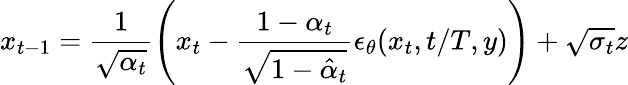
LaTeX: x_{t-1}=\frac{1}{\sqrt{\alpha_{t}}}\left(x_{t}-\frac{1-\alpha_{t}}{\sqrt{1-\hat{\alpha}_{t}}}\epsilon_{\theta}(x_{t},t/T,y)\right)+\sqrt{\sigma_{t}}z